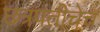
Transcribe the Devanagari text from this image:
छत्रपतींचेच